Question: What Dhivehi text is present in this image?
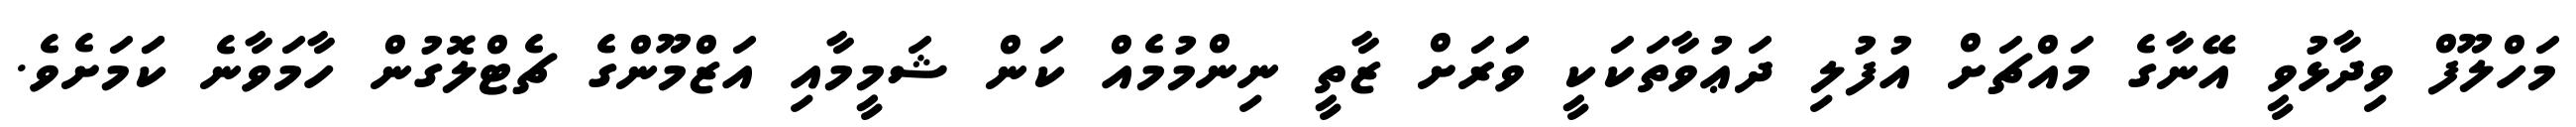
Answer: މަހްލޫފް ވިދާޅުވީ އޭނާގެ މައްޗަށް އުފުލި ދަޢުވާތަކަކީ ވަަރަށް ޒާތީ ނިންމުމެއް ކަން ޝަމީމާއި އަޒްމޫންގެ ޗެޓްލޮގުން ހާމަވާނެ ކަަމަށެވެ.